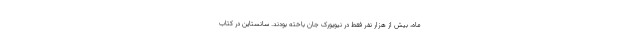
ماه، بیش از هزار نفر فقط در نیویورک جان باخته بودند. سانستاین در کتاب